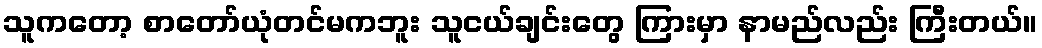
သူကတော့ စာတော်ယုံတင်မကဘူး သူငယ်ချင်းတွေ ကြားမှာ နာမည်လည်း ကြီးတယ်။